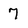
Character: 7